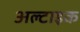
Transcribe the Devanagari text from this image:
अल्टाइक